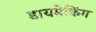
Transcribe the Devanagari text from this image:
डायमेकिंग